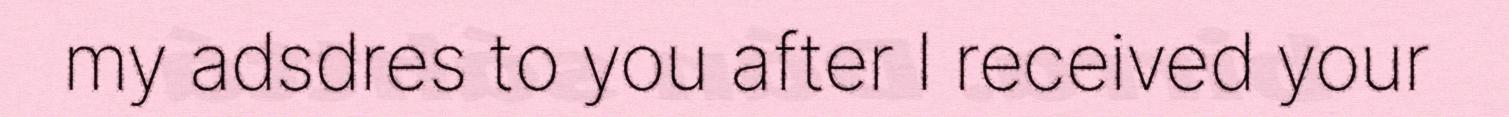
my adsdres to you after I received your